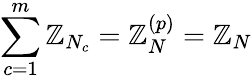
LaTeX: \sum_{c=1}^{m}\mathbb{Z}_{N_{c}}=\mathbb{Z}_{N}^{(p)}=\mathbb{Z}_{N}